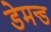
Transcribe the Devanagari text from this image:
डेमन्ड